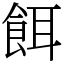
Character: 餌